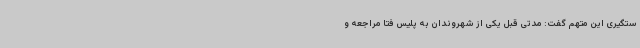
ستگیری این متهم گفت: مدتی قبل یکی از شهروندان به پلیس فتا مراجعه و